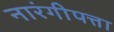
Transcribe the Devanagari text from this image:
नारंगीपत्ता